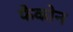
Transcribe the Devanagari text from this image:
फैकोन